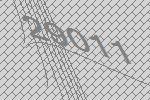
29011